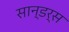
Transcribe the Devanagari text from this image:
सान्डर्स